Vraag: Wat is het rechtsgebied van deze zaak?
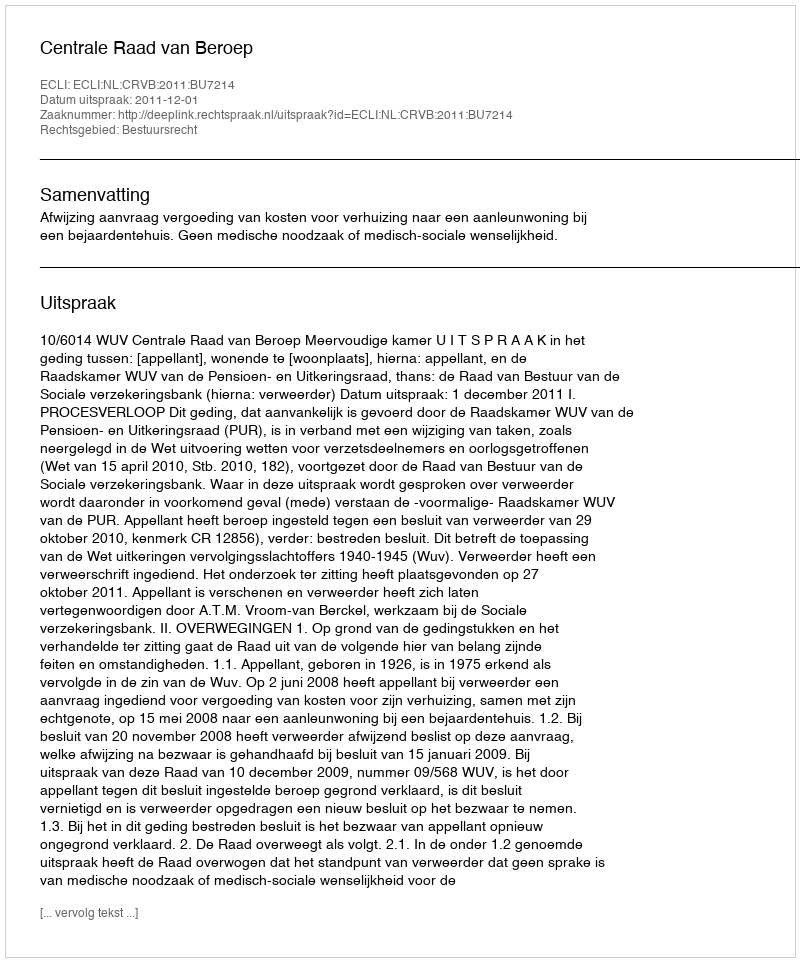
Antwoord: Bestuursrecht